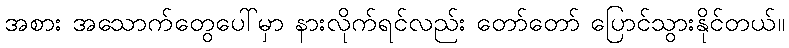
အစား အသောက်တွေပေါ်မှာ နားလိုက်ရင်လည်း တော်တော် ပြောင်သွားနိုင်တယ်။